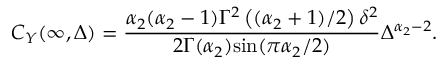
C _ { Y } ( \infty , \Delta ) = \frac { \alpha _ { 2 } ( \alpha _ { 2 } - 1 ) \Gamma ^ { 2 } \left( ( \alpha _ { 2 } + 1 ) / 2 \right) \delta ^ { 2 } } { 2 \Gamma ( \alpha _ { 2 } ) \mathrm { s i n } ( \pi \alpha _ { 2 } / 2 ) } \Delta ^ { \alpha _ { 2 } - 2 } .